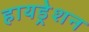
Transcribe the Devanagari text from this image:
हायड्रेशन